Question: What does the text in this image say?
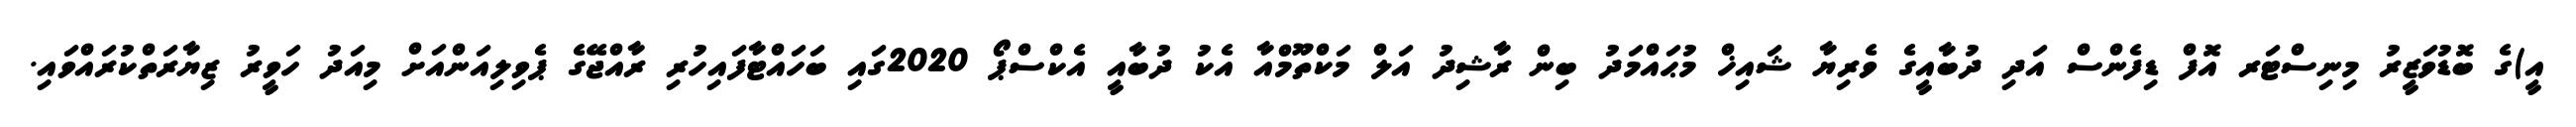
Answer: އީ)ގެ ބޮޑުވަޒީރު މިނިސްޓަރ އޮފް ޑިފެންސް އަދި ދުބާއީގެ ވެރިޔާ ޝައިޚް މުޙައްމަދު ބިން ރާޝިދު އަލް މަކްތޫމްއާ އެކު ދުބާއީ އެކްސްޕޯ 2020ގައި ބަހައްޓާފައިހުރި ރާއްޖޭގެ ޕެވިލިއަންއަށް މިއަދު ހަވީރު ޒިޔާރަތްކުރައްވައި.